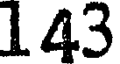
143